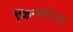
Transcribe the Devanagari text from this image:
फिन्यनिश